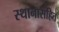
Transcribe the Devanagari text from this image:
स्थानासहित